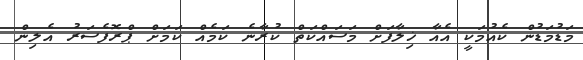
މަޑުމަޑުން ކެއުމަކީ އެއާ ޚިލާފަށް މަސައްކަތް ކުރާނެ ކަމެއް ކަމަށް ޕްރޮފެސަރު އެލިން